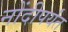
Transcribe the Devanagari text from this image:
नोंदीपर्यंत